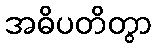
အဓိပတိတွာ